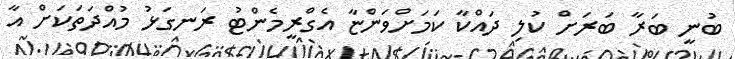
ބުނީ ބަރާ ބަރަށް ކުލި ދައްކާ ކަމަށްވަންޏާ އެގްރީމެންޓު ރަނގަޅު މުއްދަތަކަށް އާ